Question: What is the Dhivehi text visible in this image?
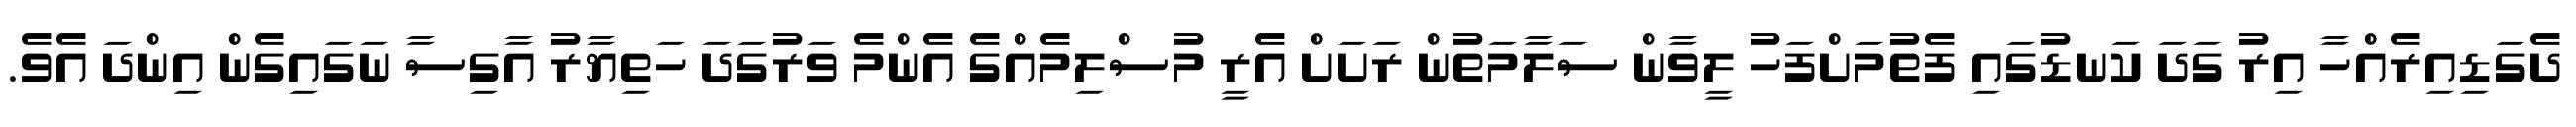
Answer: ދެގަޑިއިރެއްހާ އިރު ގަދަ ކަނޑުގައި ފެތުމަށްފަހު ލީވާން ސަލާމަތުން ރަށަށް އެރީ މުސްލިމެއްގެ އެންމެ ވަރުގަދަ ހަތިޔާރު އާގިސާ ނަގައިގެން އިންދަ އެވެ.